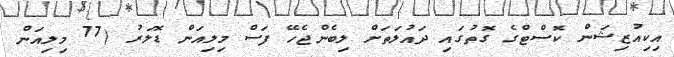
އިކިއުޒިޝަން ކޮސްޓްގެ ގޮތުގައި ދައުލަތަށް ލިބެންޖެހޭ ފަސް މިލިއަން ޑޮލަރު (77 މިލިއަން